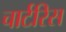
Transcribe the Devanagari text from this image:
चार्टरिस